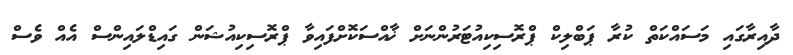
ދާއިރާގައި މަސައްކަތް ކުރާ ޕަބްލިކް ޕްރޮސިކިއުޓަރުންނަށް ޚާއްސަކޮށްފައިވާ ޕްރޮސިކިއުޝަން ގައިޑްލައިންސް އެއް ވެސް